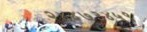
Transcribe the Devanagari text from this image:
२४४७३४५९